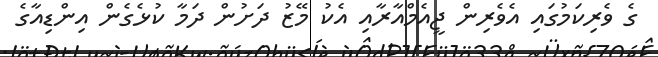
ގެ ވެރިކަމުގައި އެވެރިން ޖީއެމްއާރާއި އެކު މޭޒު ދަށުން ދަމާ ކުޅެގެން އިންޑިއާގެ